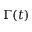
\Gamma ( t )